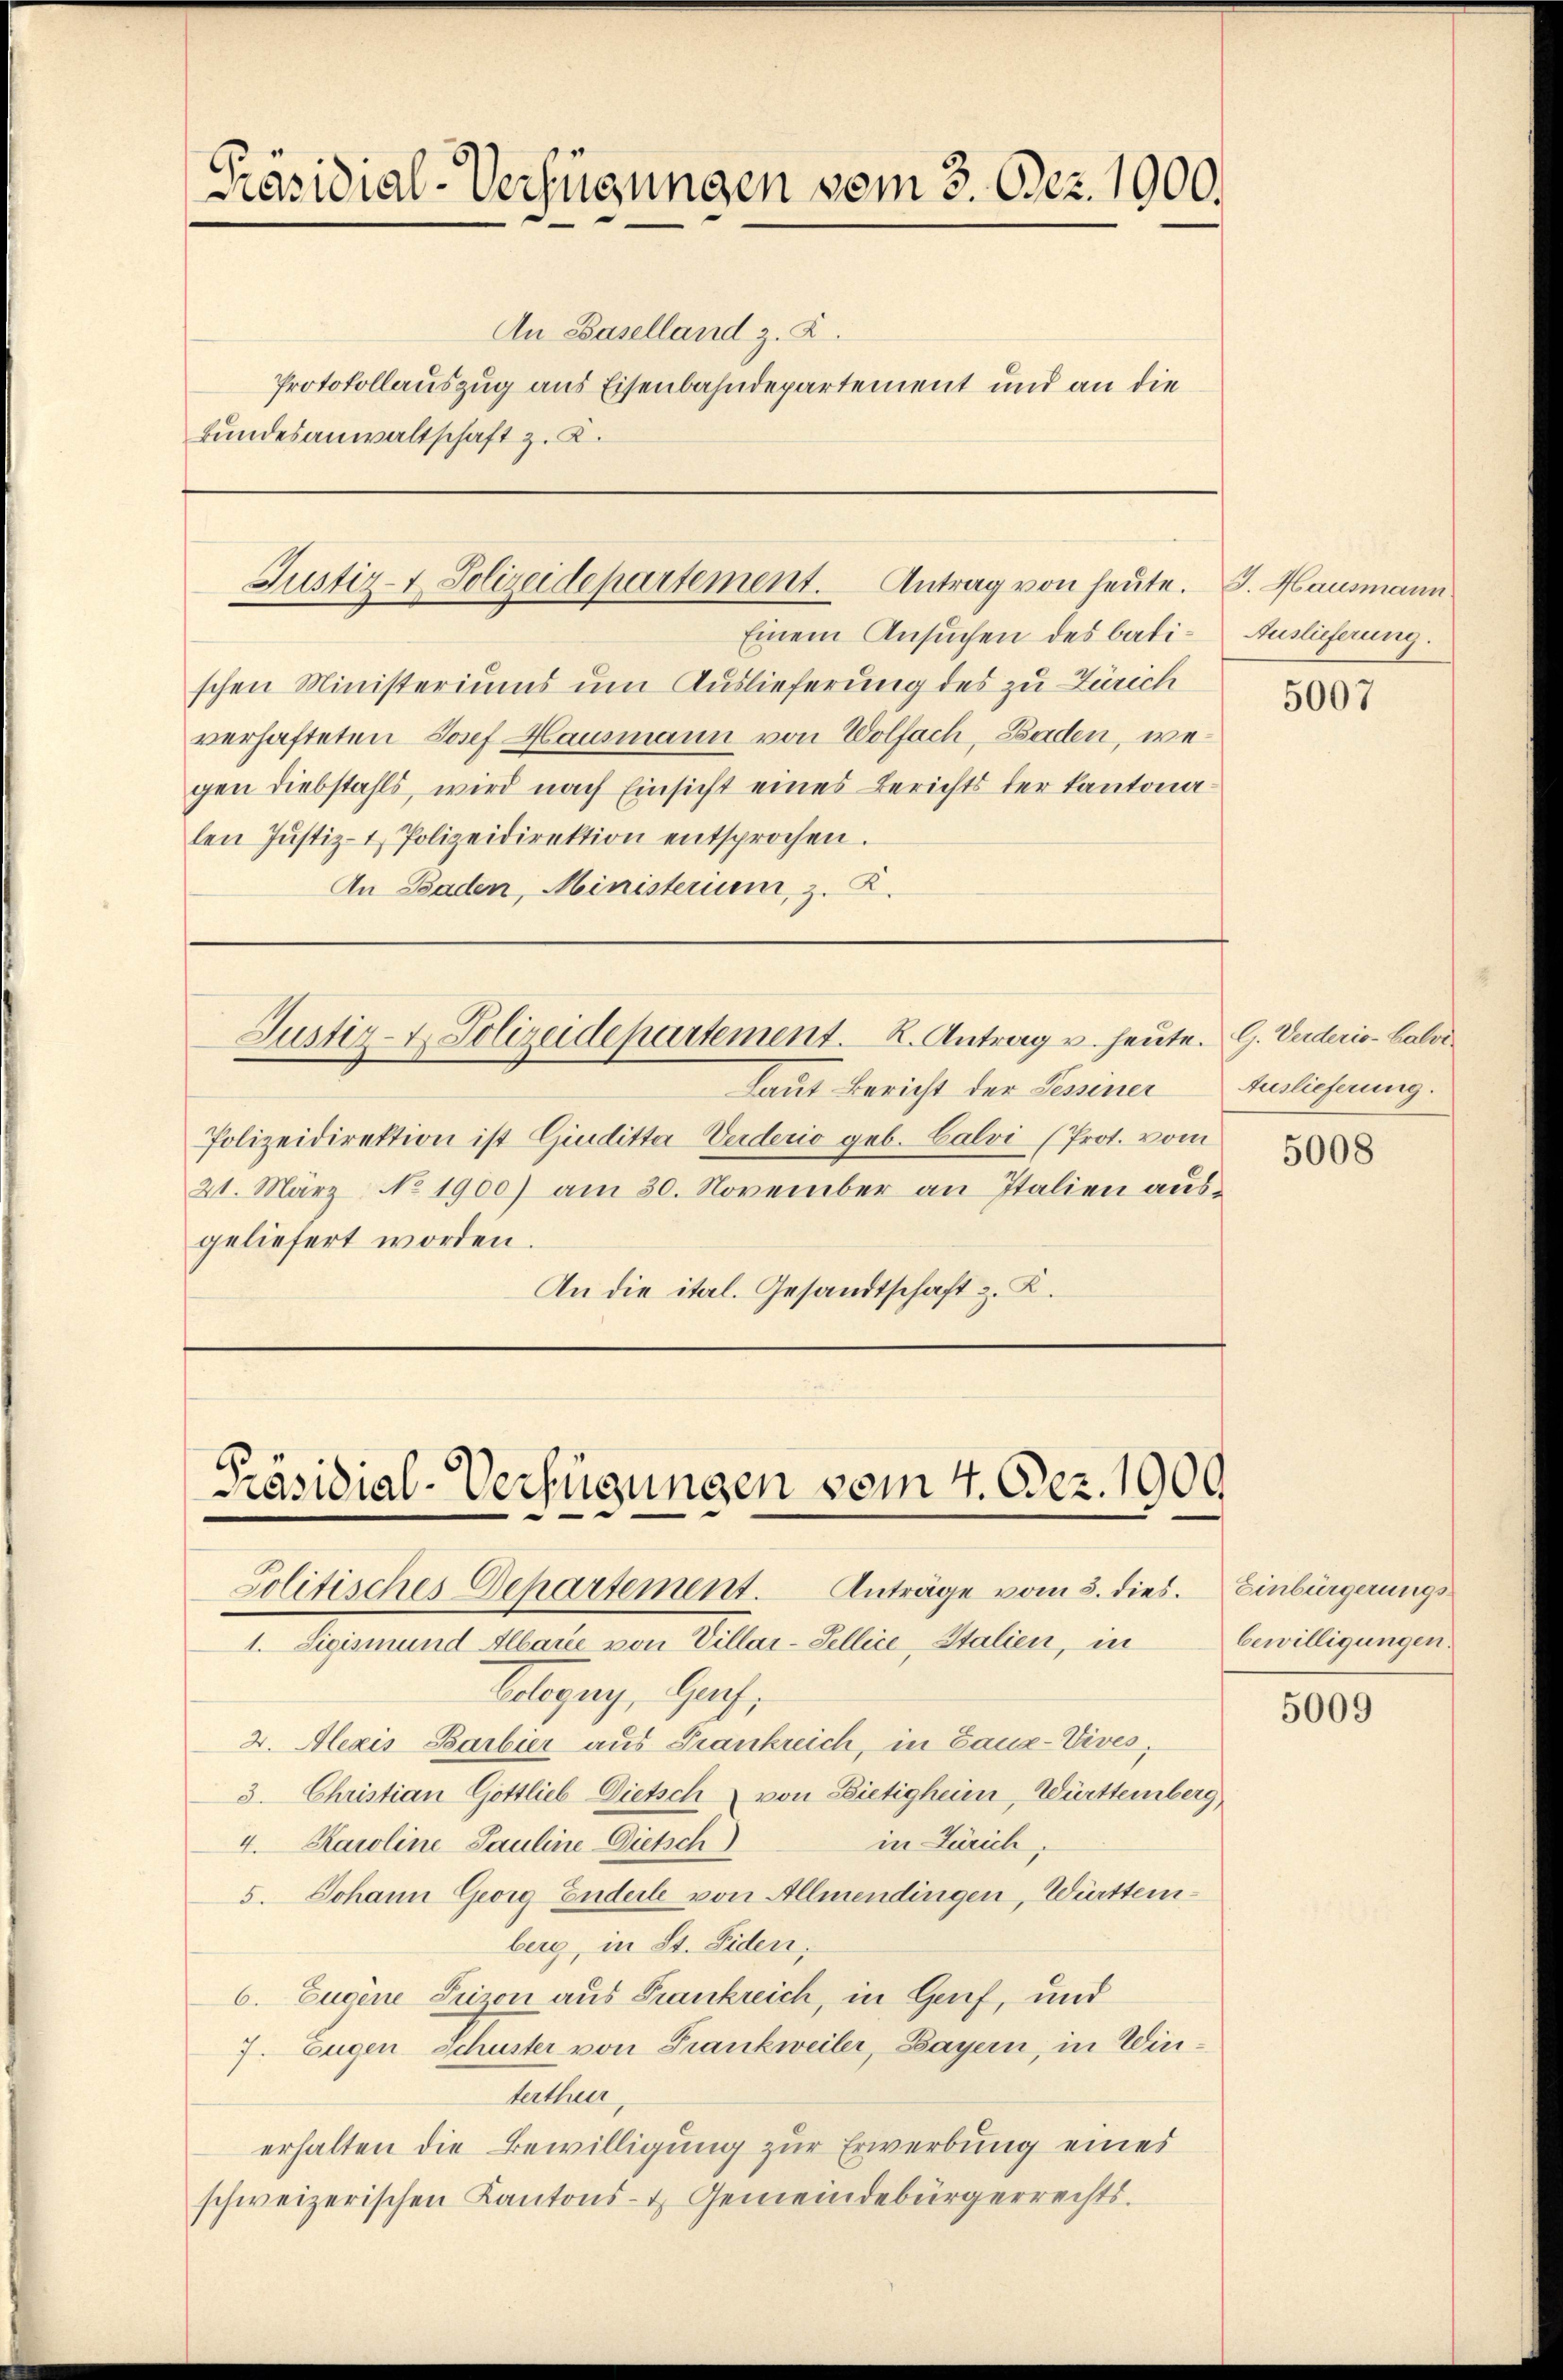
Präsidial-Verfügungen vom 3. Dez. 1900.

An Baselland z. Z.
Protokollauszug aus Eisenbahndepartement und an die
Bundesanwaltschaft z. B.

Einem Ansuchen des batischen Ministeriums um Auslieferung des zu Zürich
verhafteten Josef Hausmann von Wolfach, Baden, wegen Diebstahls, wird nach Einsicht eines Berichts der Kantonalen Jŭstiz- & Polizeidirektion entsprochen.
An Baden, Ministerium, z. R.

Justiz- & Polizeidepartement. Antrag von heute.

Justiz- & Polizeidepartement. K. Antrag u. heute.

laut Bericht der Sessener
Polizeidirektion ist Giuditta Verderio geb. Calvi (Prot. vom
21. März. No 1900) am 30. November an Italien aŭs-
geliefert worden.
An die ital. Gesandtschaft z. K.

Präsidial-Verfügungen vom 4. Dez. 1909
Solitisches Dehartement. Anträge vom 3. dies.
1. Sigismund Albare von Villar-Sellice, Italien, in

Belegung, auch,
2. Alexis Barbier aus Frankreich, in Gauz-Vives.
3. Christian Göttlieb Dietsch von Bietigheim, Württemberg
in Zürich,
4. Karoline Pauline Dietsch
5. Johann Georg Enderle von Allmendingen, Württemberg, in St. Fiden,
6. Eugene Frizon aus Frankreich, in Genf, und
7. Eugen Schuster von Frankweiler, Bayern, in Wintallun
erhalten die Bewilligung zur Erwerbung eines
schweizerischen Kantons- & Gemeindebürgerrechts.

G. Hausmann
Auslieferung.

5007

G. Verderio-Balve
Auslieferung.

5008

Einbürgerungsbewilligungen.

5009